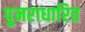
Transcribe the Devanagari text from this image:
पुनराधारित